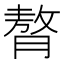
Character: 𮌳